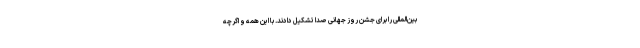
بین‌المللی را برای جشن روز جهانی صدا تشکیل دادند. با این همه و اگرچه